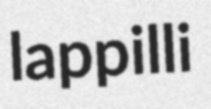
lappilli